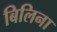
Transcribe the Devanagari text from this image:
बिलिना